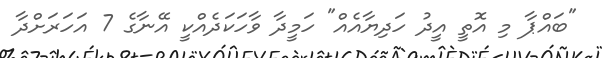
"ބައްޕާ މި އޮތީ އީދު ހަދިޔާއެއް" ހަމީދާ ވާހަކަދެއްކީ އޭނާގެ 7 އަހަރަށްދާ